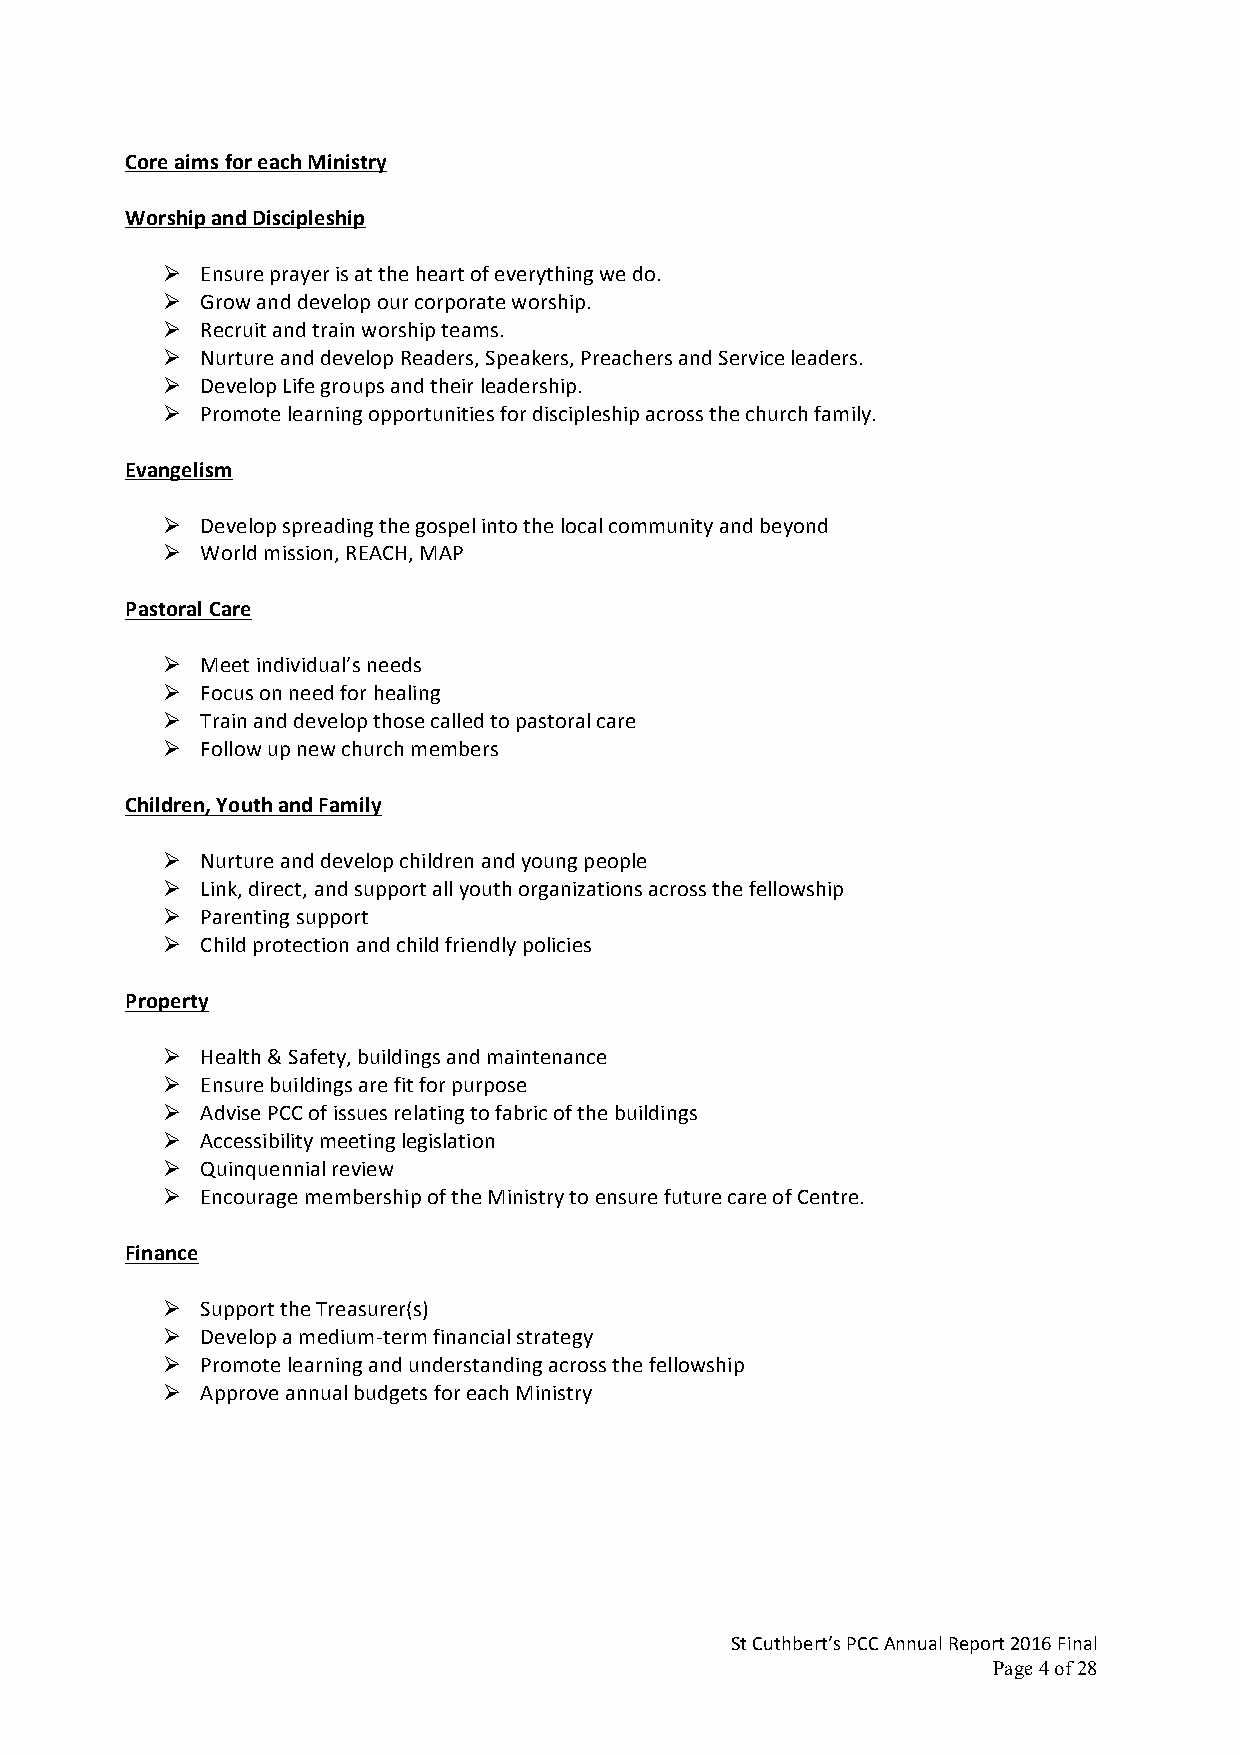
Core aims for each Ministry
 Worship and Discipleship
 Ø Ensure prayer is at the heart of everything we do.
 Ø Grow and develop our corporate worship.
 Ø Recruit and train worship teams.
 Ø Nurture and develop Readers, Speakers, Preachers and Service leaders.
 Ø Develop Life groups and their leadership.
 Ø Promote learning opportunities for discipleship across the church family.
 Evangelism
 Ø Develop spreading the gospel into the local community and beyond
 Ø World mission, REACH, MAP
 Pastoral Care
 Ø Meet individual’s needs
 Ø Focus on need for healing
 Ø Train and develop those called to pastoral care
 Ø Follow up new church members
 Children, Youth and Family
 Ø Nurture and develop children and young people
 Ø Link, direct, and support all youth organizations across the fellowship
 Ø Parenting support
 Ø Child protection and child friendly policies
 Property
 Ø Health & Safety, buildings and maintenance
 Ø Ensure buildings are fit for purpose
 Ø Advise PCC of issues relating to fabric of the buildings
 Ø Accessibility meeting legislation
 Ø Quinquennial review
 Ø Encourage membership of the Ministry to ensure future care of Centre.
 Finance
 Ø Support the Treasurer(s)
 Ø Develop a medium-term financial strategy
 Ø Promote learning and understanding across the fellowship
 Ø Approve annual budgets for each Ministry
 St Cuthbert’s PCC Annual Report 2016 Final
 Page 4 of 28